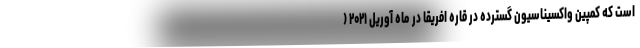
است که کمپین واکسیناسیون گسترده در قاره افریقا در ماه آوریل ۲۰۲۱ (